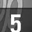
Digit: 5